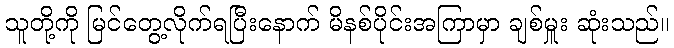
သူတို့ကို မြင်တွေ့လိုက်ရပြီးနောက် မိနစ်ပိုင်းအကြာမှာ ချစ်မှူး ဆုံးသည်။